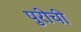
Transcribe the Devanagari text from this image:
पुरीची